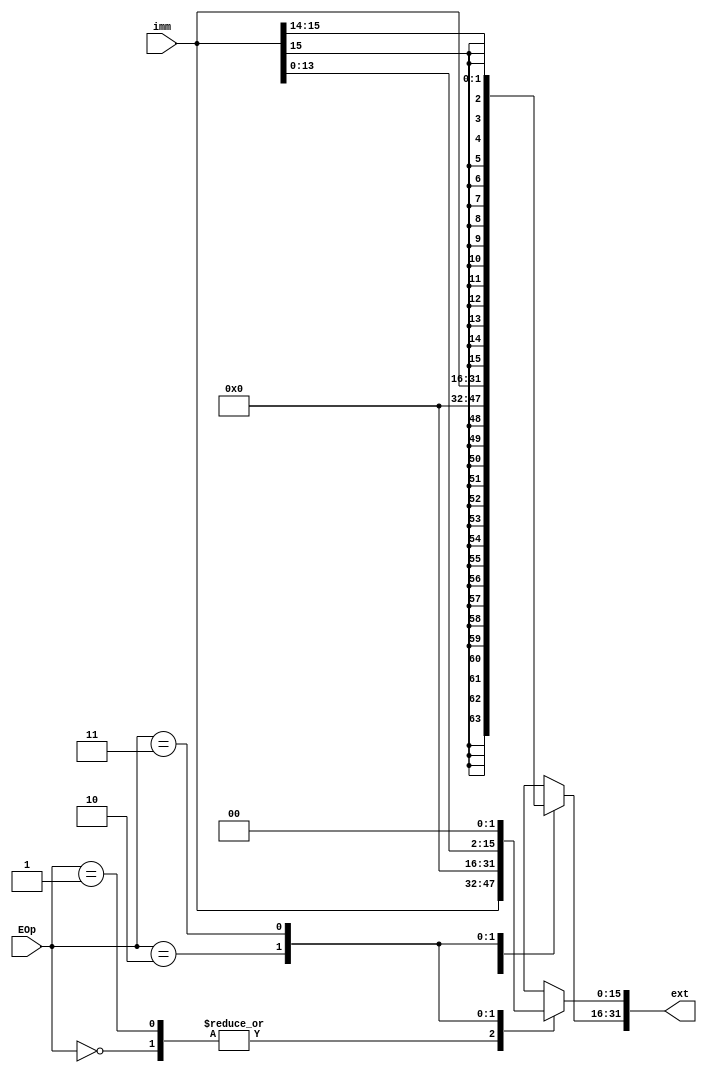
`timescale 1ns / 1ps
//////////////////////////////////////////////////////////////////////////////////
// Company: 
// Engineer: 
// 
// Design Name: 
// Module Name:    ext 
// Project Name: 
// Target Devices: 
// Tool versions: 
// Description: 
//
// Dependencies: 
//
// Revision: 
// Revision 0.01 - File Created
// Additional Comments: 
//
//////////////////////////////////////////////////////////////////////////////////
module ext(
    input [15:0] imm,
    input [1:0] EOp,
    output reg [31:0] ext
    );

	parameter SIGNEDEXT = 2'b00, UNSIGNEDEXT = 2'b01, LU = 2'b10, EXTSL2 = 2'b11;
	
	always @ * begin
		case (EOp) 
			SIGNEDEXT: begin
				ext[15:0] = imm;
				ext[31:16] = {16{imm[15]}};
			end
			UNSIGNEDEXT: begin
				ext[15:0] = imm;
				ext[31:16] = 0;
			end
			LU: begin
				ext[31:16] = imm;
				ext[15:0] = 0;
			end
			EXTSL2: begin
				ext[15:0] = imm;
				ext[31:16] = {16{imm[15]}};
				ext = ext << 2;
			end
		endcase
	end

endmodule